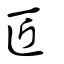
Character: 匠